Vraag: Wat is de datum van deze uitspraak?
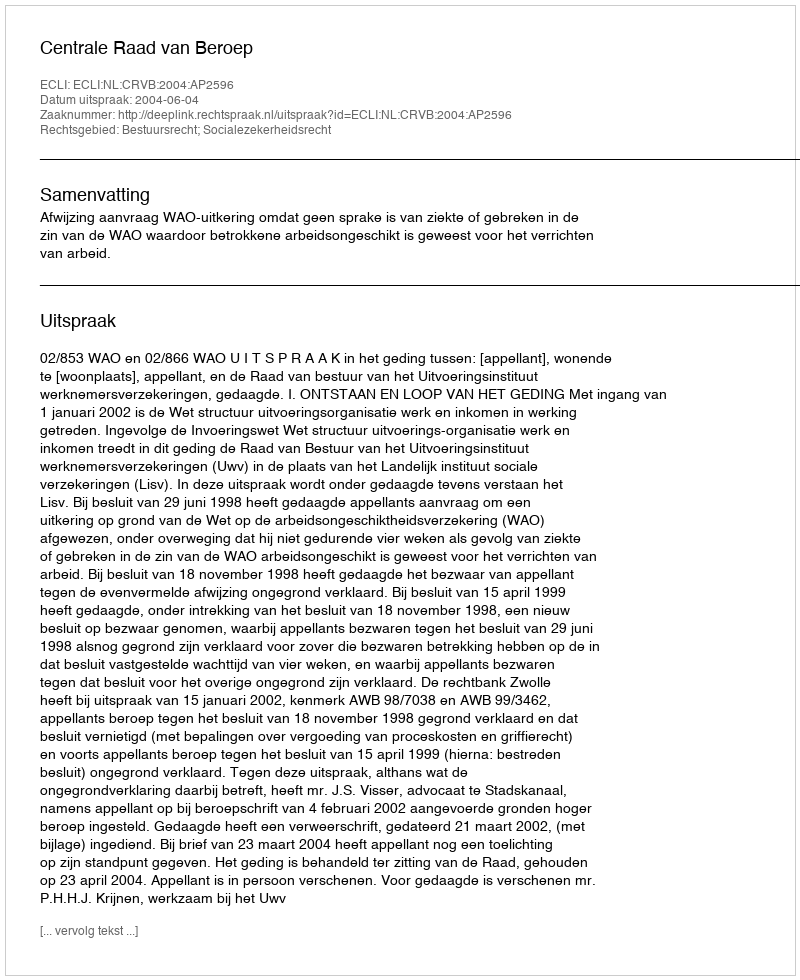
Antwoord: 2004-06-04